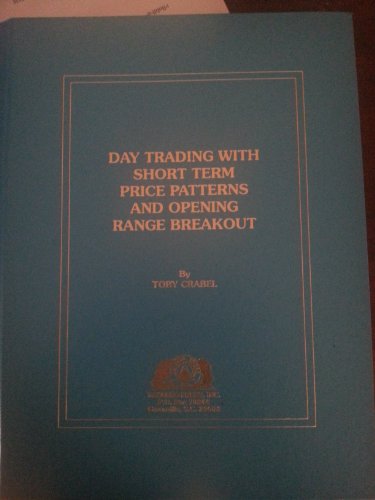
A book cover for Day Trading With Short Term Price Patterns and Opening Range Breakout; Toby Crabel; Business & Money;